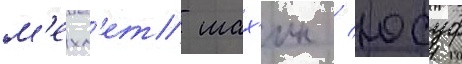
м'ехм'ет шах'ин / юсуф